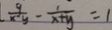
\frac { 9 } { x ^ { 2 } y } - \frac { 1 } { x + y } = 1